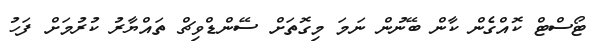
ޓޯސްޓް ކޮއްގެން ކާން ބޭނުން ނަމަ މިގޮތަށް ސޭންޑްވިޗް ތައްޔާރު ކުރުމަށް ފަހު